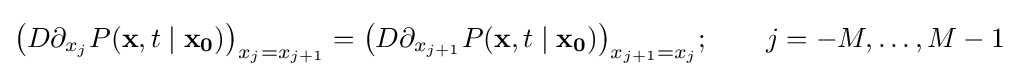
{\big (}D\partial _{x_{j}}P(\mathbf {x} ,t\mid \mathbf {x_{0}} ){\big )}_{x_{j}=x_{j+1}}={\big (}D\partial _{x_{j+1}}P(\mathbf {x} ,t\mid \mathbf {x_{0}} ){\big )}_{x_{j+1}=x_{j}};\qquad j=-M,\ldots ,M-1